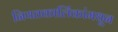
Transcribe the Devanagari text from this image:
नियतकालिंकांमधून